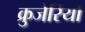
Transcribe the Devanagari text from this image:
क्रुजेरियो